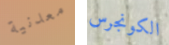
معدنية الكونجرس